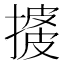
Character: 𢱺